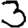
Digit: 3